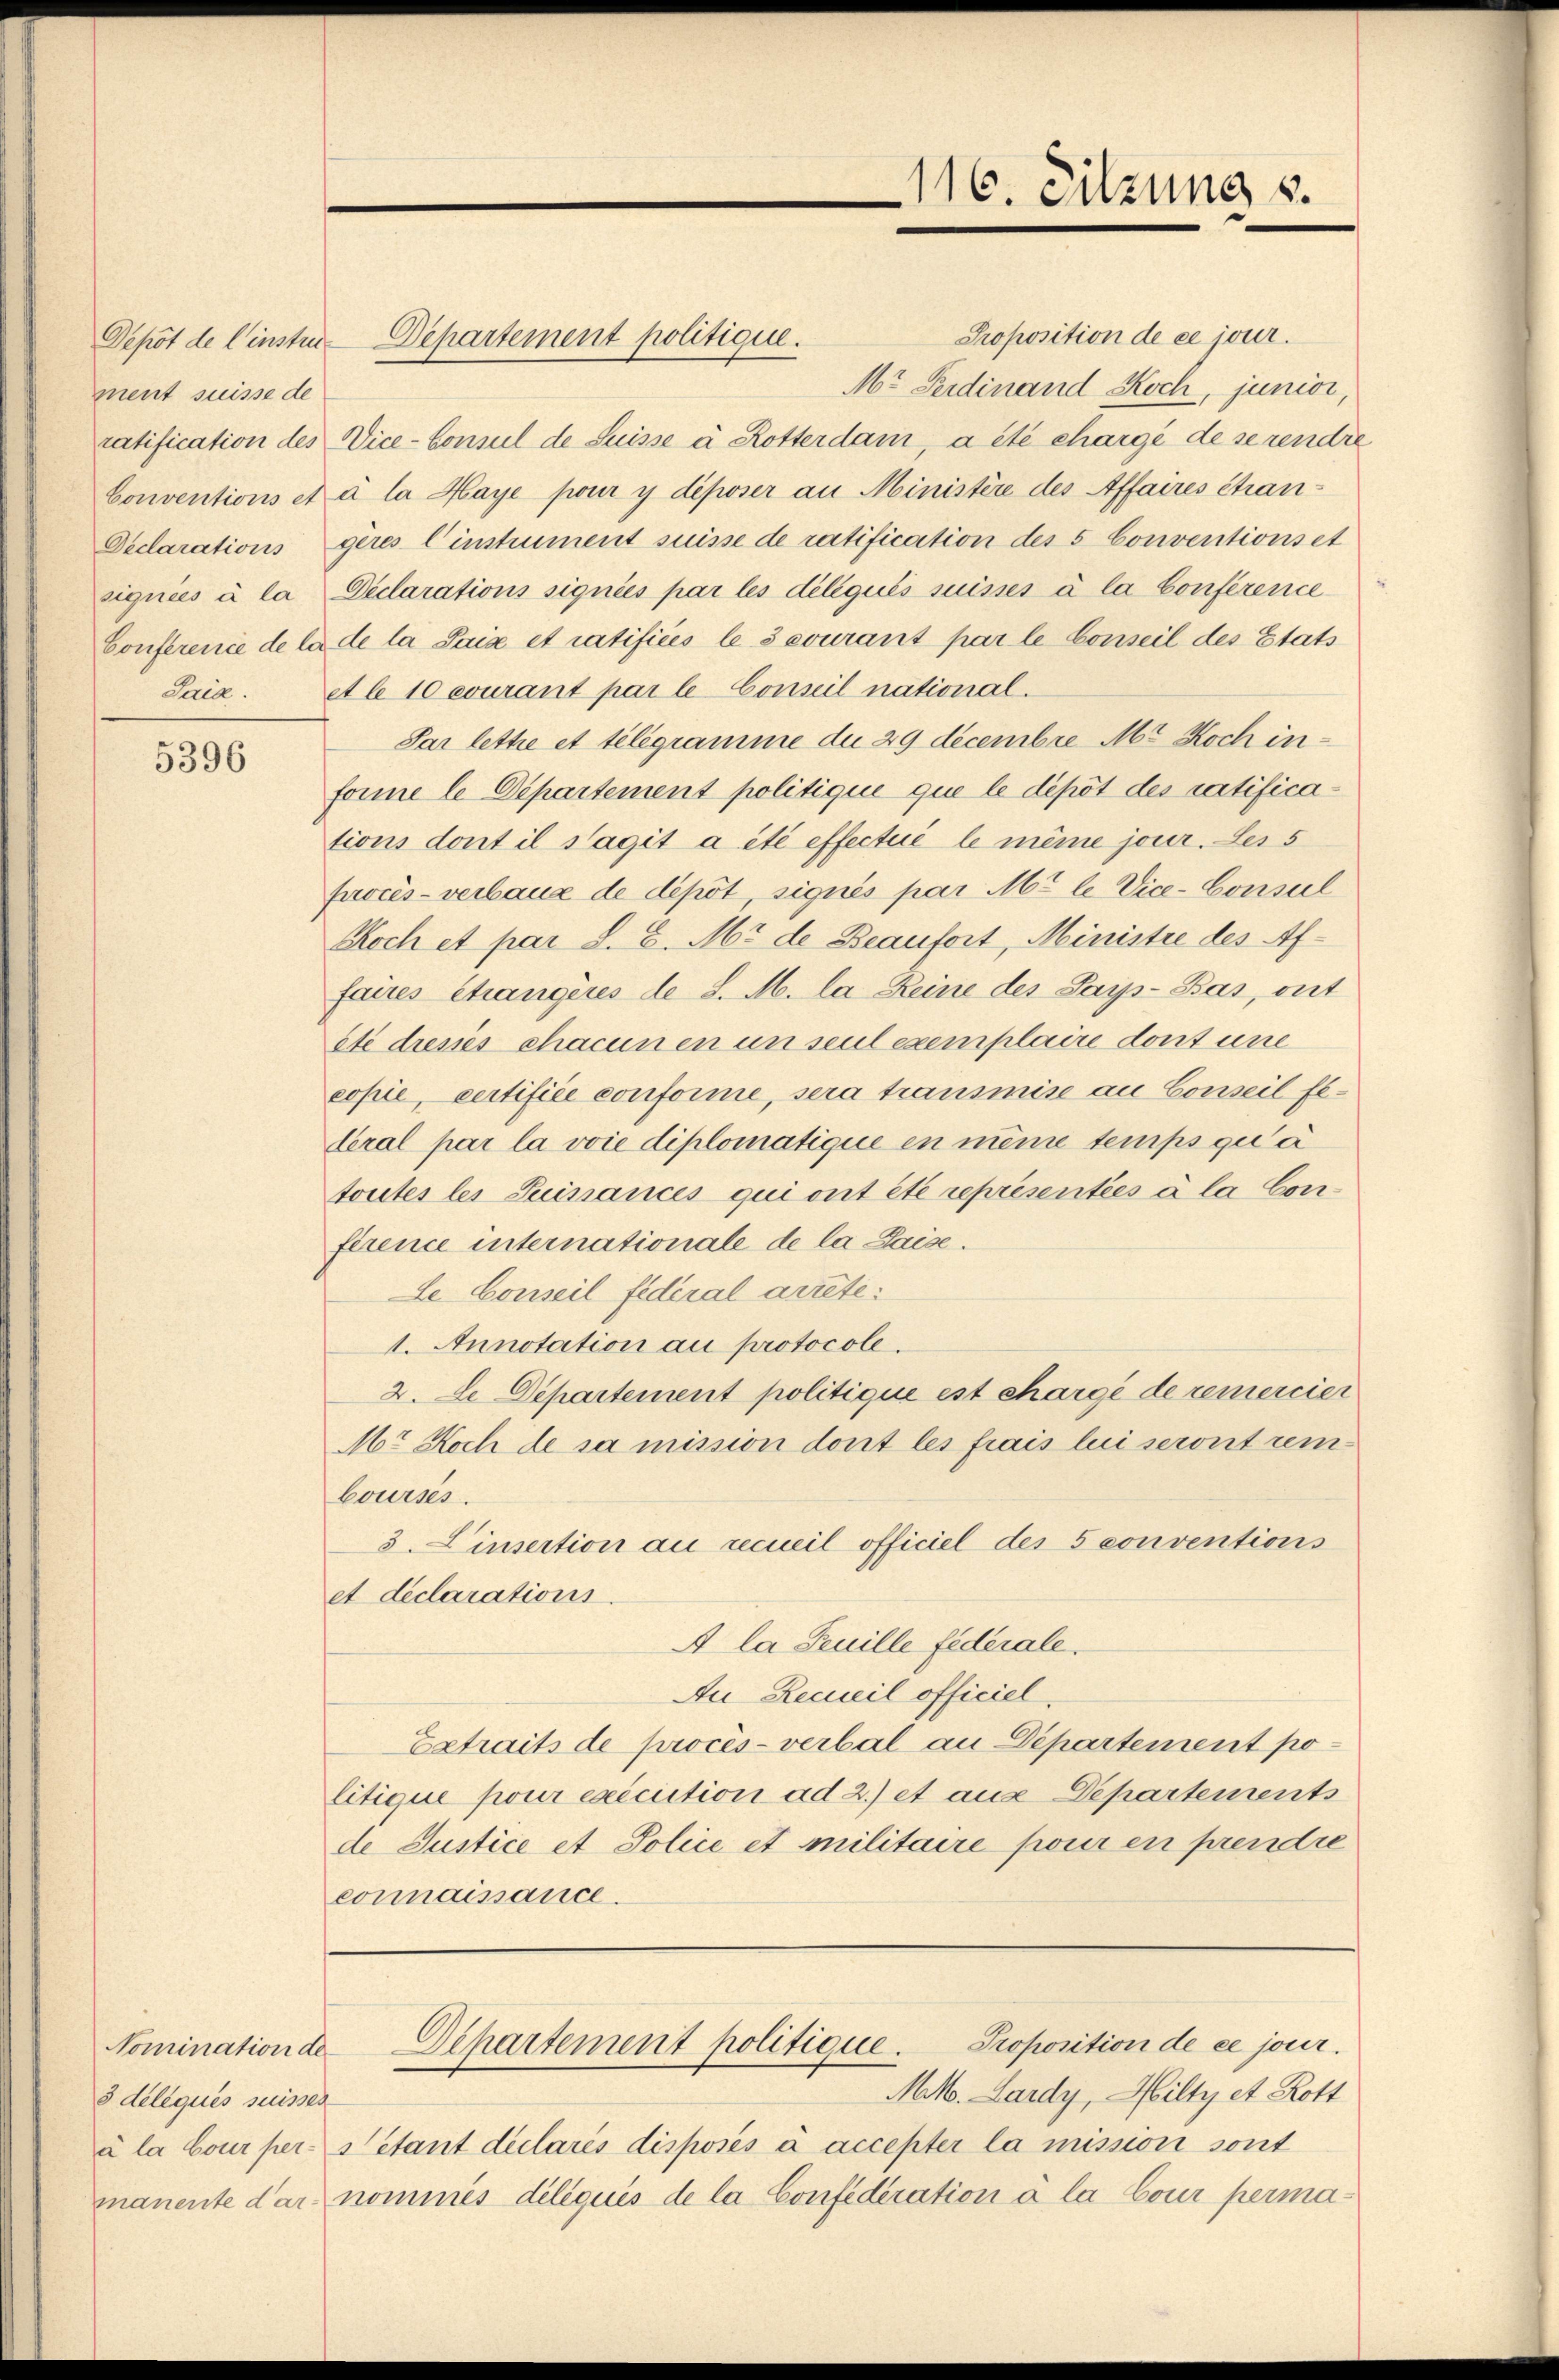
ment suisse de

5396

Nomination de
s déliqués suisses

Proposition de ce jour.
Mr Ferdinand Koch, junior,
ratification des Vice-Consul de Suisse à Rotterdam, a été chargé de se rendre
Conventions et à la Haye pour y déposer an Ministère des Affaires étran¬
Decarations geres Einstrument suisse de ratification des 5 Conventionset
signées à la Déclarations signées par les délégués suisses à la Conférence
Conference de la de la Saia et ratifices les courant par le Conseil des Etats
Saia. Al 10 ecurant par le Conseil national.
Par lette et telegramme du 29 decembre Mt Koch informe le Departement politique que le dépôt des ratifications dont il Sagit a été effectué le même jour. Des 5
procès-verbaue de dépôt signés par M. le Vice-Conseil
Koch et par d. 6. M. de Beaufort, Ministre des Affaires étrangères de d. M. la Reine des Paip-Bas, out
ete dieses chacun en in seul exemplaire dont une
copie, certifiée conforme, sera transmise an Conseil federal par la voie diplomatique en meine temps qua
toutes les Suinances qui ont été représentées à la Conférence internationale de la Laise.
Le Conseil federal arrete¬
1. Annotation au protocoll.
2. Le Departement politique est chargé de remercier
Mr Koch de sa mission dont les frais lui seront rembourses.
3. Einsection au recueil officiel des 5 conventions
et declarations.
A la Seuille federale.
Au Recueil officiel
Extraits de procès-verbal an Departement politique pour exécution ad 2.) et aus Departements
de Justice et Police et militaire pouren prendre
connaissance.

Depot de l’insten Departement politique.

Mk. Lardy, Hilty et Rott
à la bour per étant déclarés disposés à accepter la mission sont
manente dar nommes déliquis de la Confederation à la Cour perma¬

116. Sitzung s.

Departement politique. Proposition de ce jour.